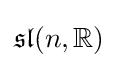
{\mathfrak {sl}}(n,\mathbb {R} )